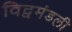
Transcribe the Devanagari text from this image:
विद्वमंडली